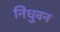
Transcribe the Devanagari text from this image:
निधुवन